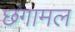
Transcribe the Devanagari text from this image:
छंगामल